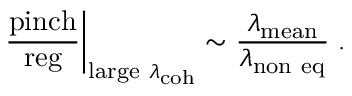
\left. { \frac { \mathrm { p i n c h } } { \mathrm { r e g } } } \right| _ { \mathrm { l a r g e \ } \lambda _ { \mathrm { c o h } } } \sim { \frac { \lambda _ { \mathrm { m e a n } } } { \lambda _ { \mathrm { n o n \ e q } } } } \; .